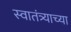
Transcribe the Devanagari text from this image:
स्‍वातंत्र्याच्‍या